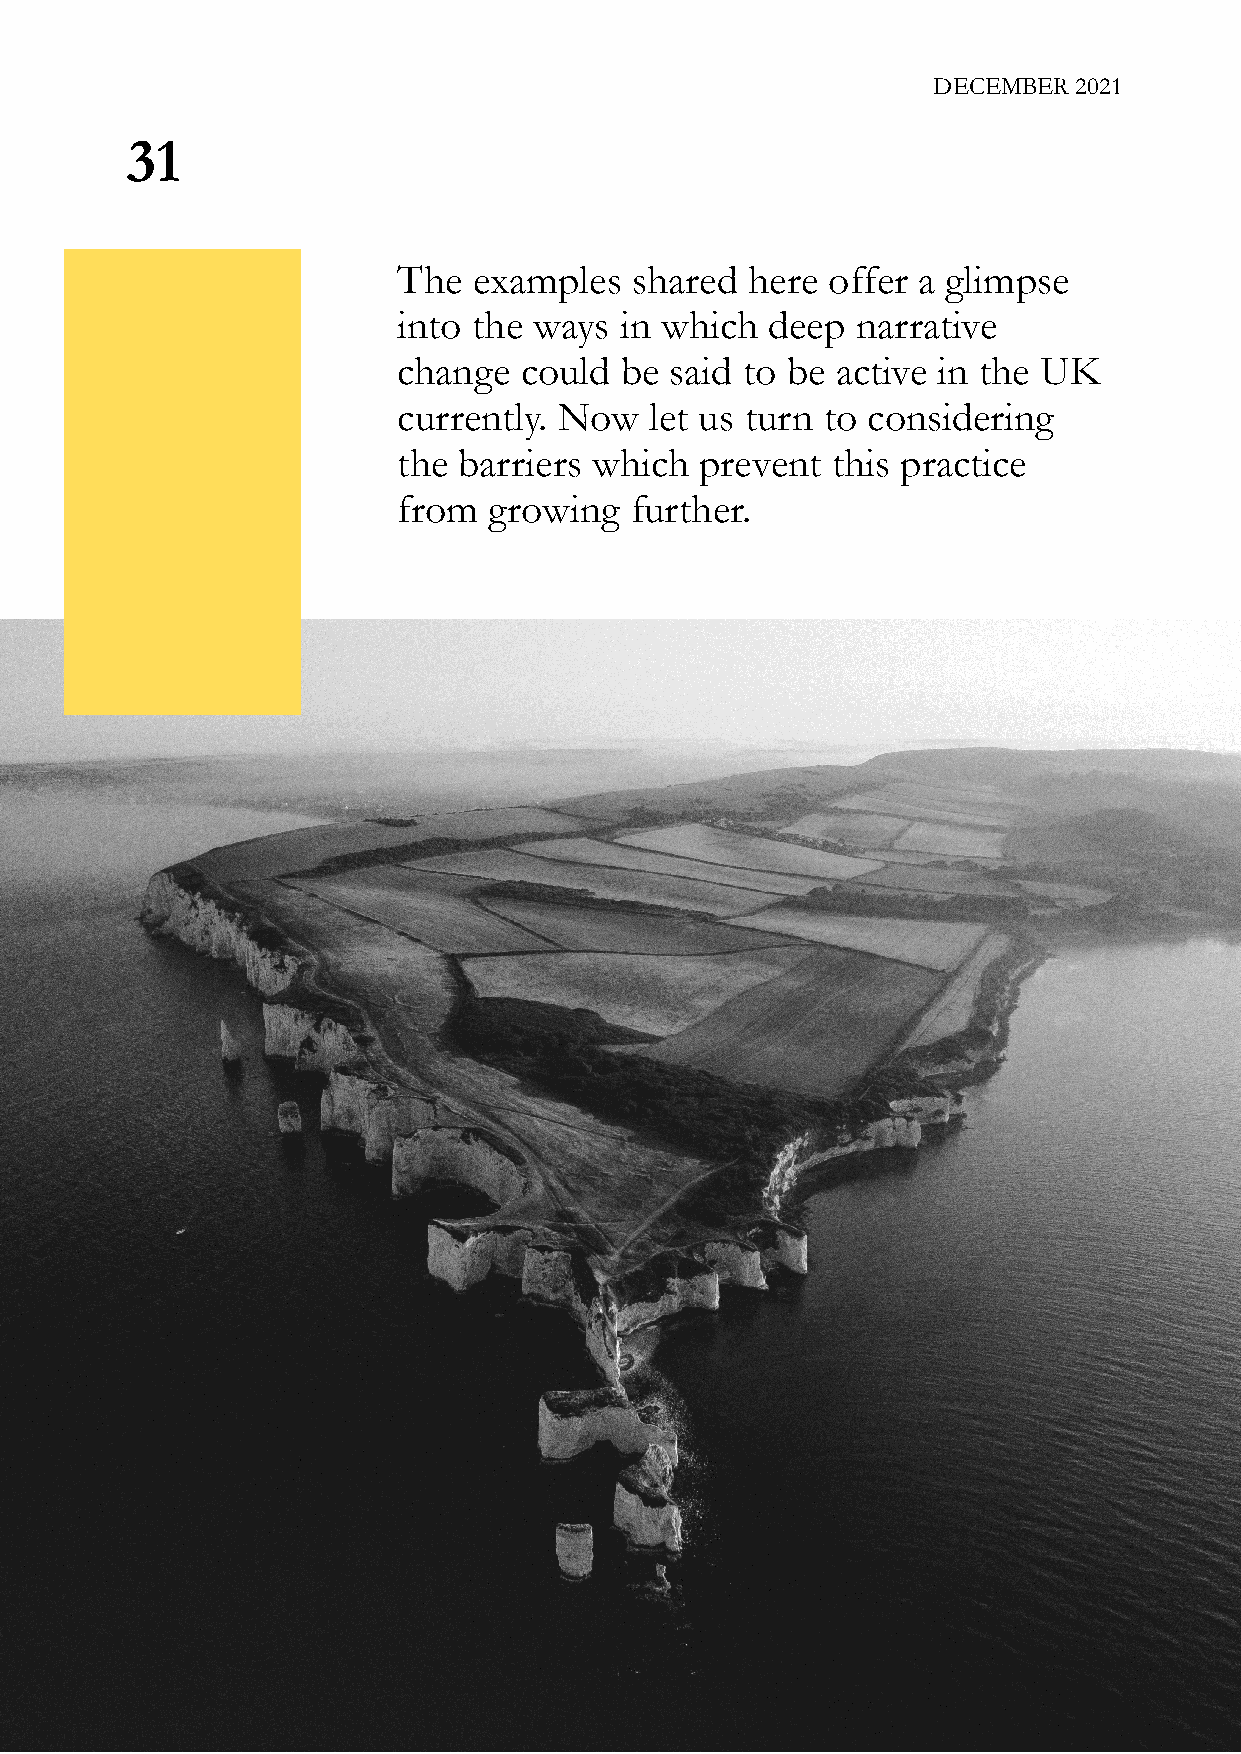
DECEMBER 2021
 31
 The  examples   shared here  offer a glimpse
 into the ways  in which  deep  narrative
 change  could  be said to be active in the UK
 currently. Now   let us turn to considering
 the barriers which  prevent  this practice
 from  growing   further.